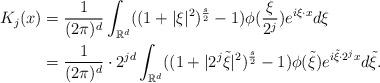
LaTeX: \begin{align*}K_j(x) &= \frac 1 {(2\pi)^d} \int_{\mathbb R^d} ( (1+|\xi|^2)^{\frac s2} -1 ) \phi(\frac{\xi}{2^j} )e^{i \xi \cdot x} d\xi \\& = \frac 1 {(2\pi)^d}\cdot 2^{jd} \int_{\mathbb R^d}( (1+|2^j \tilde \xi|^2)^{\frac s2} -1) \phi(\tilde \xi) e^{i \tilde \xi \cdot 2^j x} d\tilde \xi.\end{align*}